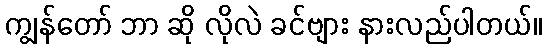
ကျွန်တော် ဘာ ဆို လိုလဲ ခင်ဗျား နားလည်ပါတယ်။